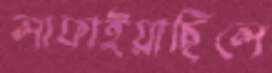
লাফাইয়াছিলে